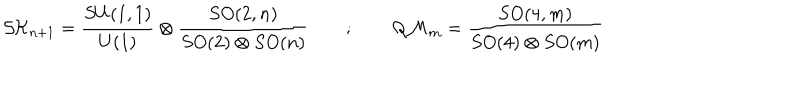
LaTeX: { \cal S K } _ { n + 1 } = \frac { S U ( 1 , 1 ) } { U ( 1 ) } \otimes \frac { S O ( 2 , n ) } { S O ( 2 ) \otimes S O ( n ) } \quad \quad ; \quad \quad { \cal Q M } _ { m } = \frac { S O ( 4 , m ) } { S O ( 4 ) \otimes S O ( m ) }